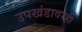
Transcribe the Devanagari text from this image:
उपखंडावरही